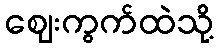
ဈေးကွက်ထဲသို့